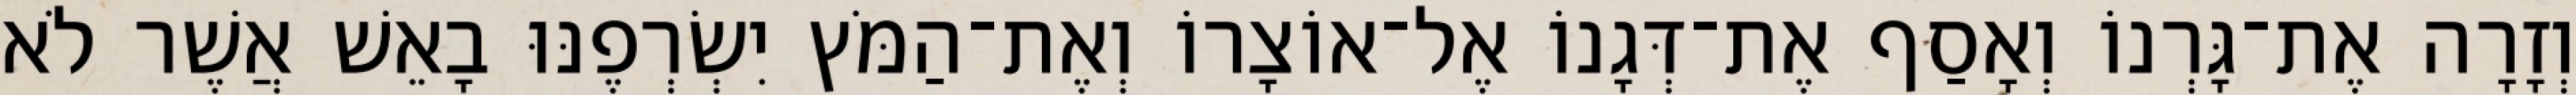
וְזָרָה אֶת־גָּרְנוֹ וְאָסַף אֶת־דְּגָנוֹ אֶל־אוֹצָרוֹ וְאֶת־הַמֹּץ יִשְׂרְפֶנּוּ בָאֵשׁ אֲשֶׁר לֹא